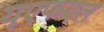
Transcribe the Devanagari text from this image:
यूएफएल